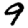
Digit: 9